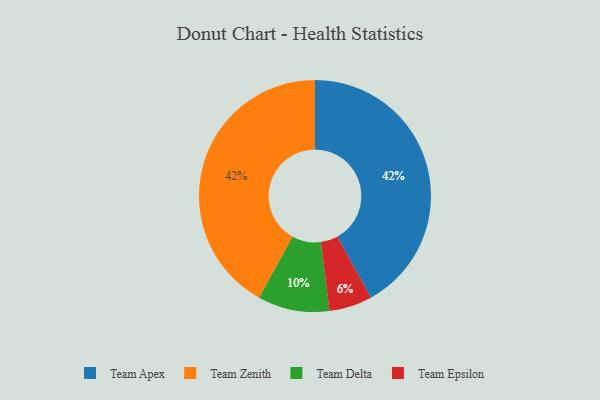
{"axis": {"x": "Category", "y": "Percentage"}, "legend": ["Team Apex", "Team Delta", "Team Epsilon", "Team Zenith"], "data": [{"x": "Team Apex", "y": 42, "type": "Team Apex"}, {"x": "Team Zenith", "y": 42, "type": "Team Zenith"}, {"x": "Team Delta", "y": 10, "type": "Team Delta"}, {"x": "Team Epsilon", "y": 6, "type": "Team Epsilon"}]}